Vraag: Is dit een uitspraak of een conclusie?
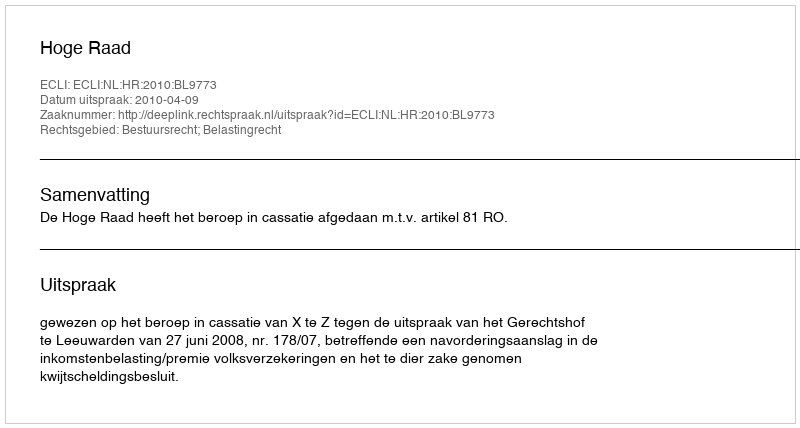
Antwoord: Uitspraak